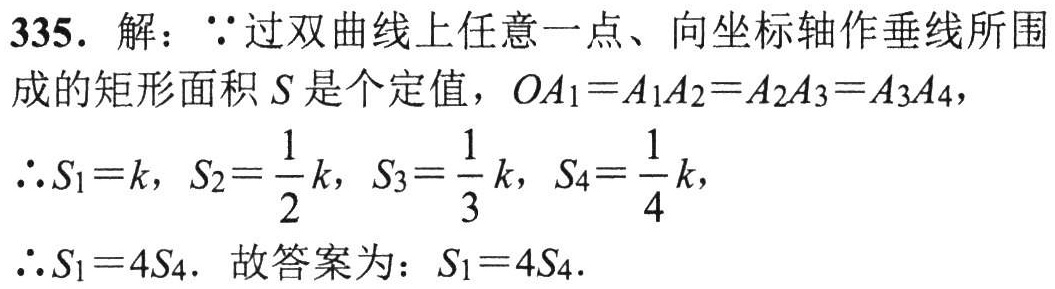
335. 解：$\because$过双曲线上任意一点、向坐标轴作垂线所围
成的矩形面积$S$是个定值，$OA_{1}=A_{1}A_{2}=A_{2}A_{3}=A_{3}A_{4}$，
$\therefore S_{1}=k$，$S_{2}=\frac{1}{2}k$，$S_{3}=\frac{1}{3}k$，$S_{4}=\frac{1}{4}k$，
$\therefore S_{1}=4S_{4}$. 故答案为：$S_{1}=4S_{4}$.